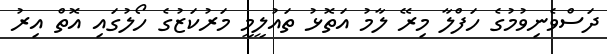
ދަސްވެނިވުމުގެ ހަފްލާ މިރޭ ލާމު އަތޮޅު ތައުލީމީ މަރުކަޒުގެ ހޯލުގައި އޮތް އިރު